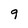
Character: 9